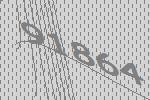
91864